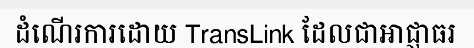
ដំណើរការដោយ TransLink ដែលជាអាជ្ញាធរ